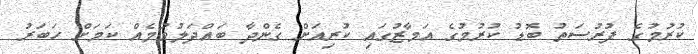
ކުރުމުގެ ފުރުސަތު ބޮޑު ކުރުމުގެ އަމާޒުގައި ކުރިއަށް ގެންދާ ބައްދަލުވުމެއް ކަމަށް ހަބަރު